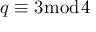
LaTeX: q \equiv 3 { \bmod { 4 } }